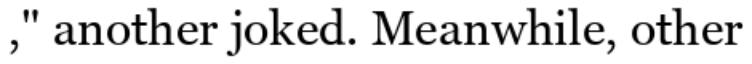
," another joked. Meanwhile, other